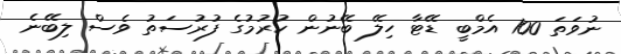
ނުވަތަ 100 އެމްބީ ޑޭޓާ ހިލޭ ބޭނުން ކުރުމުގެ ފުރުސަތު ވެސް ލިބޭނެ